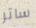
ساتر